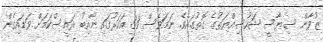
ޒުވާން ސިޔާސީ ޝަހުސިއްޔަތުގެ ގޮތުގައެވެ. ނަމަވެސް 33 އަހަރުގައި ނާއިބު ރައީސްކަމަށް ވަޑައިގެން